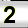
Digit: 2